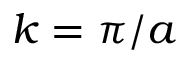
k = \pi / a